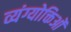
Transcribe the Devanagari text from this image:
व्यंग्योक्तिओं